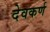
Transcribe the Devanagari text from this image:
देवकर्ण